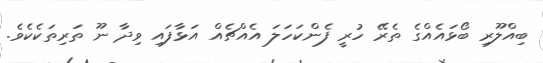
ބިއްލޫރި ބޯޅައެއްގެ ތެރޭ ހުރީ ފެންކަހަލަ އެއްޗެއް އަޅާފައި ވިދާ ނޫ ތަރިތަކެކެވެ.